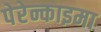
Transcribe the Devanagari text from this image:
पेरेन्काइमा